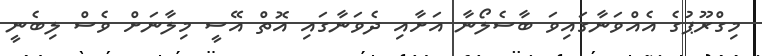
މިގްރޫޕުގެ އެއްވަނާގައިވަ ބާސެލޯނާ އަށާއި ދެވަނާގައި އޮތް އޭސީ މިލާނަށް ވެސް ލިބެނީ